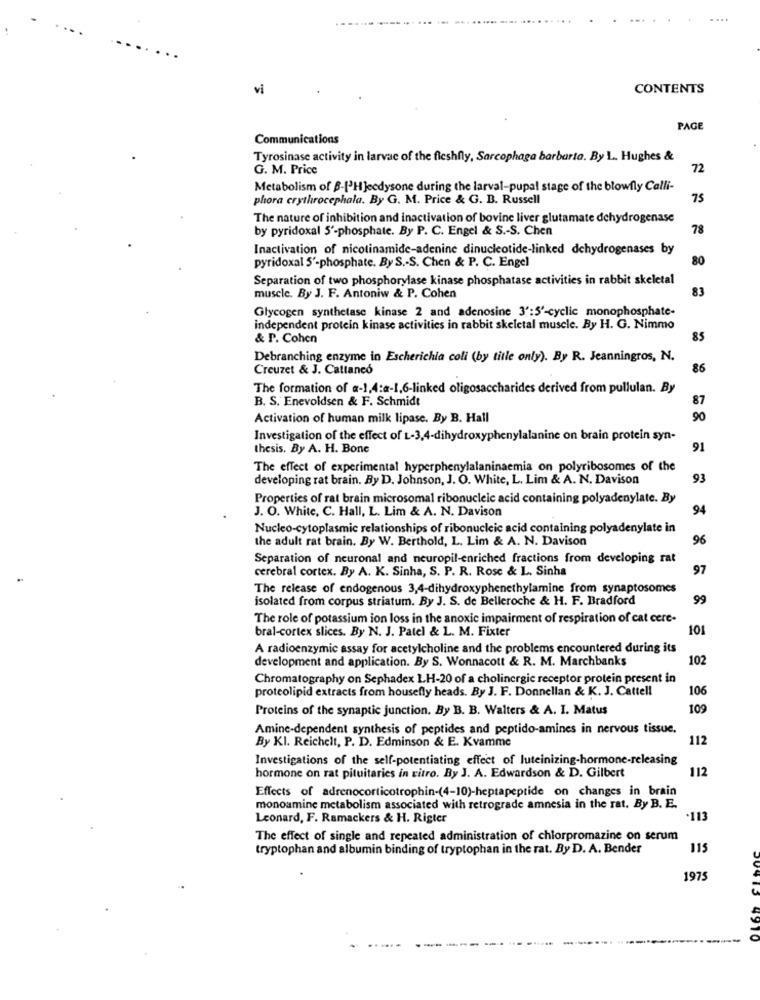
vi
CONTENTS
PAGE
Communications
Tyrosinase activity in larvae of the fleshfly, Sarcophage barbarta. By L. Hughes &
G. M. Price
72
Metabolism of B-['HJecdysone during the larval-pupal stage of the blowfly Calli-
phora erythrocephala. By G. M. Price & G. B. Russell
75
The nature of inhibition and inactivation of bovine liver glutamate dehydrogenase
by pyridoxal 5'-phosphate. By P. C. Engel & S .- S. Chen
78
Inactivation of nicotinamide-adenine dinucleotide-linked dehydrogenases by
80
pyridoxal 5'-phosphate. By S .- S. Chen & P. C. Engel
Separation of two phosphorylase kinase phosphatase activities in rabbit skeletal
83
muscle. By J. F. Antoniw & P. Cohen
Glycogen synthetase kinase 2 and adenosine 3':'-cyclic monophosphate-
independent protein kinase activities in rabbit skeletal muscle. By H. G. Nimmo
& P. Cohen
85
Debranching enzyme in Escherichia coli (by title only). By R. Jeanningros, N.
Creuzet & J. Cattaneo
86
The formation of a-1,4:a-1,6-linked oligosaccharides derived from pullulan. By
B. S. Enevoldsen & F. Schmidt
87
Activation of human milk lipase. By B. Hall
90
Investigation of the effect of L-3,4-dihydroxyphenylalanine on brain protein syn-
thesis. By A. H. Bone
91
The effect of experimental hyperphenylalaninaemia on polyribosomes of the
developing rat brain. By D. Johnson, J. O. White, L. Lim & A. N. Davison
93
Properties of rat brain microsomal ribonucleic acid containing polyadenylate. By
J. O. White, C. Hall, L. Lim & A. N. Davison
94
Nucleo-cytoplasmic relationships of ribonucleic acid containing polyadenylate in
the adult rat brain. By W. Berthold, L. Lim & A. N. Davison
96
Separation of neuronal and neuropil-enriched fractions from developing rat
cerebral cortex. By A. K. Sinha, S. P. R. Rose & L. Sinha
97
The release of endogenous 3,4-dihydroxyphenethylamine from synaptosomes
isolated from corpus striatum. By J. S. de Belleroche & H. F. Bradford
99
The role of potassium ion loss in the anoxic impairment of respiration of cat cere-
bral-cortex slices. By N. J. Patel & L. M. Fixter
101
A radioenzymic assay for acetylcholine and the problems encountered during its
development and application. By S. Wonnacott & R. M. Marchbanks
102
Chromatography on Sephadex LH-20 of a cholinergic receptor protein present in
proteolipid extracts from housefly heads. By J. F. Donnellan & K. J. Cattell
106
Proteins of the synaptic junction. By B. B. Walters & A. I. Matus
109
Amine-dependent synthesis of peptides and peptido-amines in nervous tissue.
By Kl. Reichelt, P. D. Edminson & E. Kvamme
112
Investigations of the self-potentiating effect of luteinizing-hormone-releasing
112
hormone on rat pituitaries in vitro. By J. A. Edwardson & D. Gilbert
Effects of adrenocorticotrophin-(4-10)-heptapeptide on changes in brain
monoamine metabolism associated with retrograde amnesia in the rat. By B. E.
Leonard, F. Ramackers & H. Rigter
·113
The effect of single and repeated administration of chlorpromazine on serum
tryptophan and albumin binding of tryptophan in the rat. By D. A. Bender
115
1975
4910